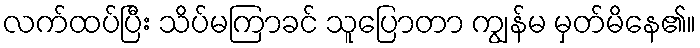
လက်ထပ်ပြီး သိပ်မကြာခင် သူပြောတာ ကျွန်မ မှတ်မိနေ၏။